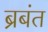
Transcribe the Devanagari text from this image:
ब्रबंत